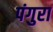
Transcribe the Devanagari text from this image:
पंगुरा